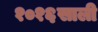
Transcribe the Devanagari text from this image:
१०१६साली